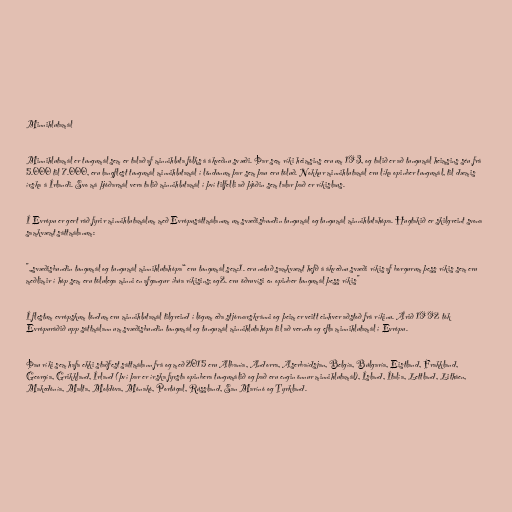
Minnihlutamál

Minnihlutamál er tungumál sem er talað af minnihluta fólks á ákveðnu svæði. Þar sem ríki heimsins eru um 193, og talið er að tungumál heimsins séu frá
5.000 til 7.000, eru langflest tungumál minnihlutamál í löndunum þar sem þau eru töluð. Nokkur minnihlutamál eru líka opinber tungumál, til dæmis
írska á Írlandi. Svo má þjóðarmál vera talið minnihlutamál í því tilfelli að þjóðin sem talar það er ríkislaus.

Í Evrópu er gert ráð fyrir minnihlutamálum með Evrópusáttmálanum um svæðisbundin tungumál og tungumál minnihlutahópa. Hugtakið er skilgreint svona
samkvæmt sáttmálanum:

"„svæðisbundin tungumál og tungumál minnihlutahópa“ eru tungumál sem:1. eru notuð samkvæmt hefð á ákveðnu svæði ríkis af borgurum þess ríkis sem eru
meðlimir í hóp sem eru tölulega minni en afgangur íbúa ríkisins; og2. eru öðruvísi en opinber tungumál þess ríkis"

Í flestum evrópskum löndum eru minnihlutamál tilgreind í lögum eða stjórnarskránni og þeim er veitt einhver aðstoð frá ríkinu. Árið 1992 tók
Evrópuráðið upp sáttmálann um svæðisbundin tungumál og tungumál minnihlutahópa til að vernda og efla minnihlutamál í Evrópu.

Þau ríki sem hafa ekki staðfest sáttmálann frá og með 2015 eru Albanía, Andorra, Aserbaídsjan, Belgía, Búlgaría, Eistland, Frakkland,
Georgía, Grikkland, Írland (því þar er írska fyrsta opinbera tungumálið og það eru engin önnur minnihlutamál), Ísland, Ítalía, Lettland, Litháen,
Makedónía, Malta, Moldóva, Mónakó, Portúgal, Rússland, San Marínó og Tyrkland.